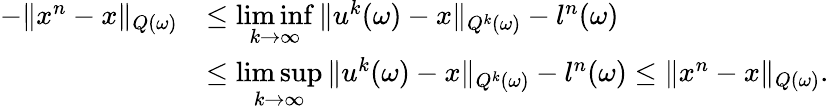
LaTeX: \begin{array}{rl}{-\| x^{n}-x\| _{Q(\omega)}}&{\leq\underset{k\rightarrow\infty}{\operatorname*{lim}\operatorname*{inf}}\, \| u^{k}(\omega)-x\| _{Q^{k}(\omega)}-l^{n}(\omega)}\\ &{\leq\underset{k\rightarrow\infty}{\operatorname*{lim}\operatorname*{sup}}\, \| u^{k}(\omega)-x\| _{Q^{k}(\omega)}-l^{n}(\omega)\leq\| x^{n}-x\| _{Q(\omega)}.}\end{array}